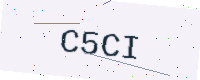
Text: C5CI